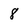
Character: 8